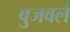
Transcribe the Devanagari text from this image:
बुजवले